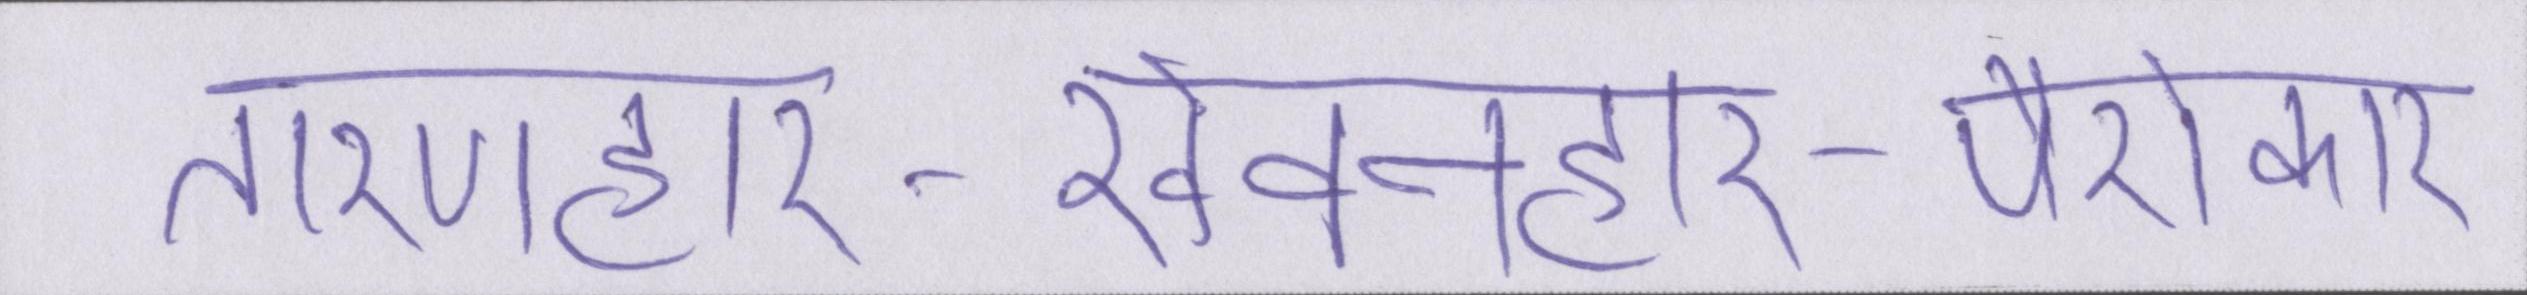
तारणहार-खेवनहार-पैरोकार